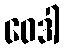
ဝေဒါ